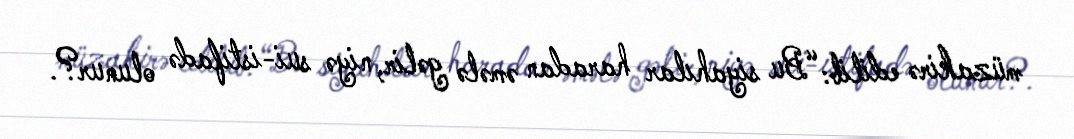
müzakirə edilib: “Bu siyahılar haradan əmələ gəlir, niyə sui-istifadə olunur?.